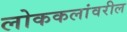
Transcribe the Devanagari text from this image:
लोककलांवरील